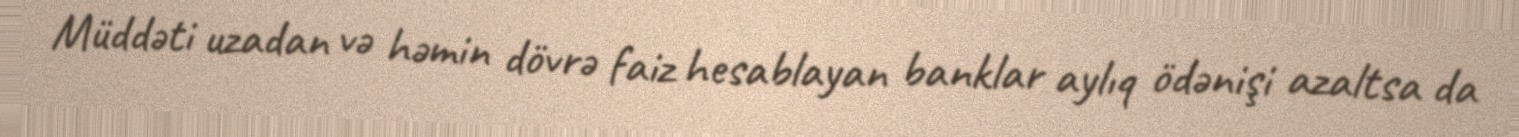
Müddəti uzadan və həmin dövrə faiz hesablayan banklar aylıq ödənişi azaltsa da